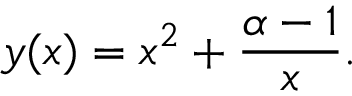
y ( x ) = x ^ { 2 } + { \frac { \alpha - 1 } { x } } .